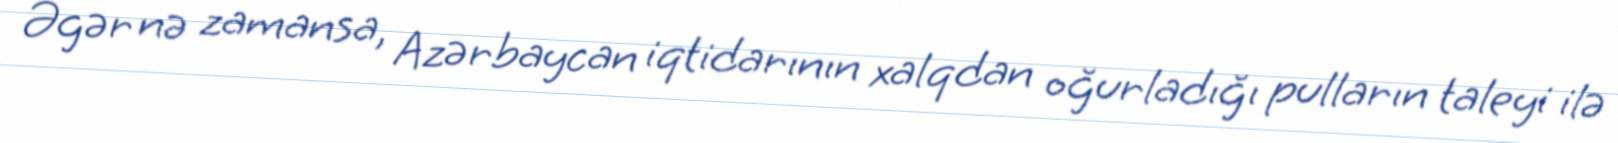
Əgər nə zamansa, Azərbaycan iqtidarının xalqdan oğurladığı pulların taleyi ilə